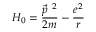
H _ { 0 } = \frac { \vec { p } ^ { ~ 2 } } { 2 m } - \frac { e ^ { 2 } } { r }